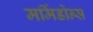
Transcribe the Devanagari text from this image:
मर्मिडोन्स